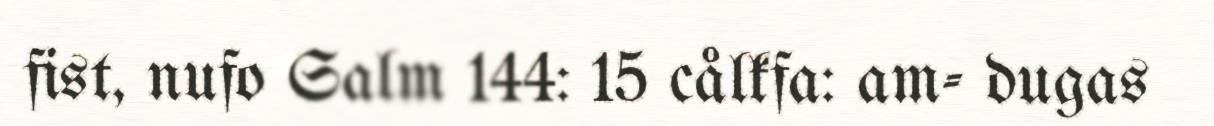
fist, nufo Salm 144: 15 cålkfa: am- dugas